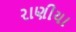
રાણીયા